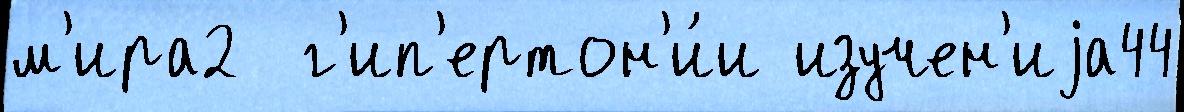
м'ира2  г'ип'ертон'и́и изучен'иjа44